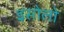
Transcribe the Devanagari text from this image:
इसोलो